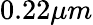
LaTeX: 0.22\mu m